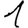
Digit: 1